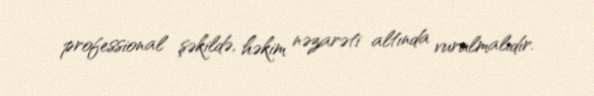
professional şəkildə, həkim nəzarəti altında vurulmalıdır.